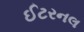
ઈટરનલ